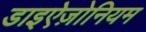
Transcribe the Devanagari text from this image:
डाइऐज़ोनियम